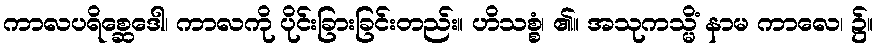
ကာလပရိစ္ဆေဒေါ၊ ကာလကို ပိုင်းခြားခြင်းတည်း။ ဟိသစ္စံ၊ ၏။ အသုကသ္မိံ နာမ ကာလေ၊ ၌။